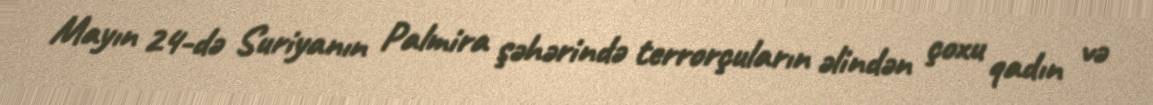
Mayın 24-də Suriyanın Palmira şəhərində terrorçuların əlindən çoxu qadın və